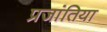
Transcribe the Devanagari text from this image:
प्रजांतिया